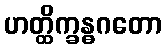
ဟတ္ထိက္ခန္ဓဂတော